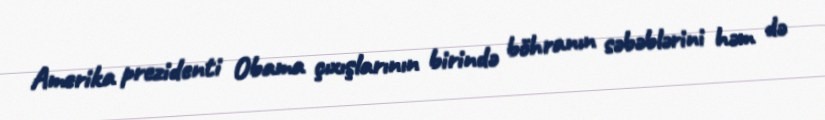
Amerika prezidenti Obama çıxışlarının birində böhranın səbəblərini həm də